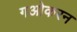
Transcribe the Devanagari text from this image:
गओकरन